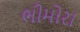
ભીમોરા